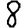
Digit: 8